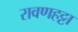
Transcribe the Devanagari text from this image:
रावणहट्टा